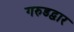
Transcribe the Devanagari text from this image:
गरुडद्वार